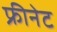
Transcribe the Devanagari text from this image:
फ्रीनेट